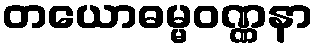
တယောဓမ္မဝဏ္ဏနာ